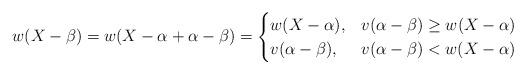
LaTeX: \begin{align*}w(X-\beta)=w(X-\alpha+\alpha-\beta)=\begin{cases}w(X-\alpha), & v(\alpha-\beta)\geq w(X-\alpha)\\v(\alpha-\beta), & v(\alpha-\beta)<w(X-\alpha)\end{cases}\end{align*}